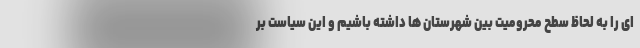
ای را به لحاظ سطح محرومیت بین شهرستان ها داشته باشیم و این سیاست بر